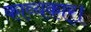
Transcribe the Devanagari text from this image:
काव्यकार्।